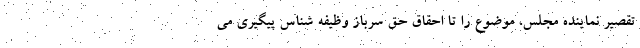
تقصیر نماینده مجلس، موضوع را تا احقاق حق سرباز وظیفه شناس پیگیری می